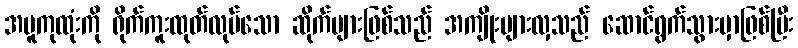
အပူကုထုံးကို ရိုက်ကူးထုတ်လုပ်သော ဆိုက်များဖြစ်သည် အကျိုးများလှသည် ဆောင်ရွက်သွားမှာဖြစ်ပြီး